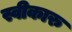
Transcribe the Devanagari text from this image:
स्वीकारु